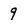
Character: 9